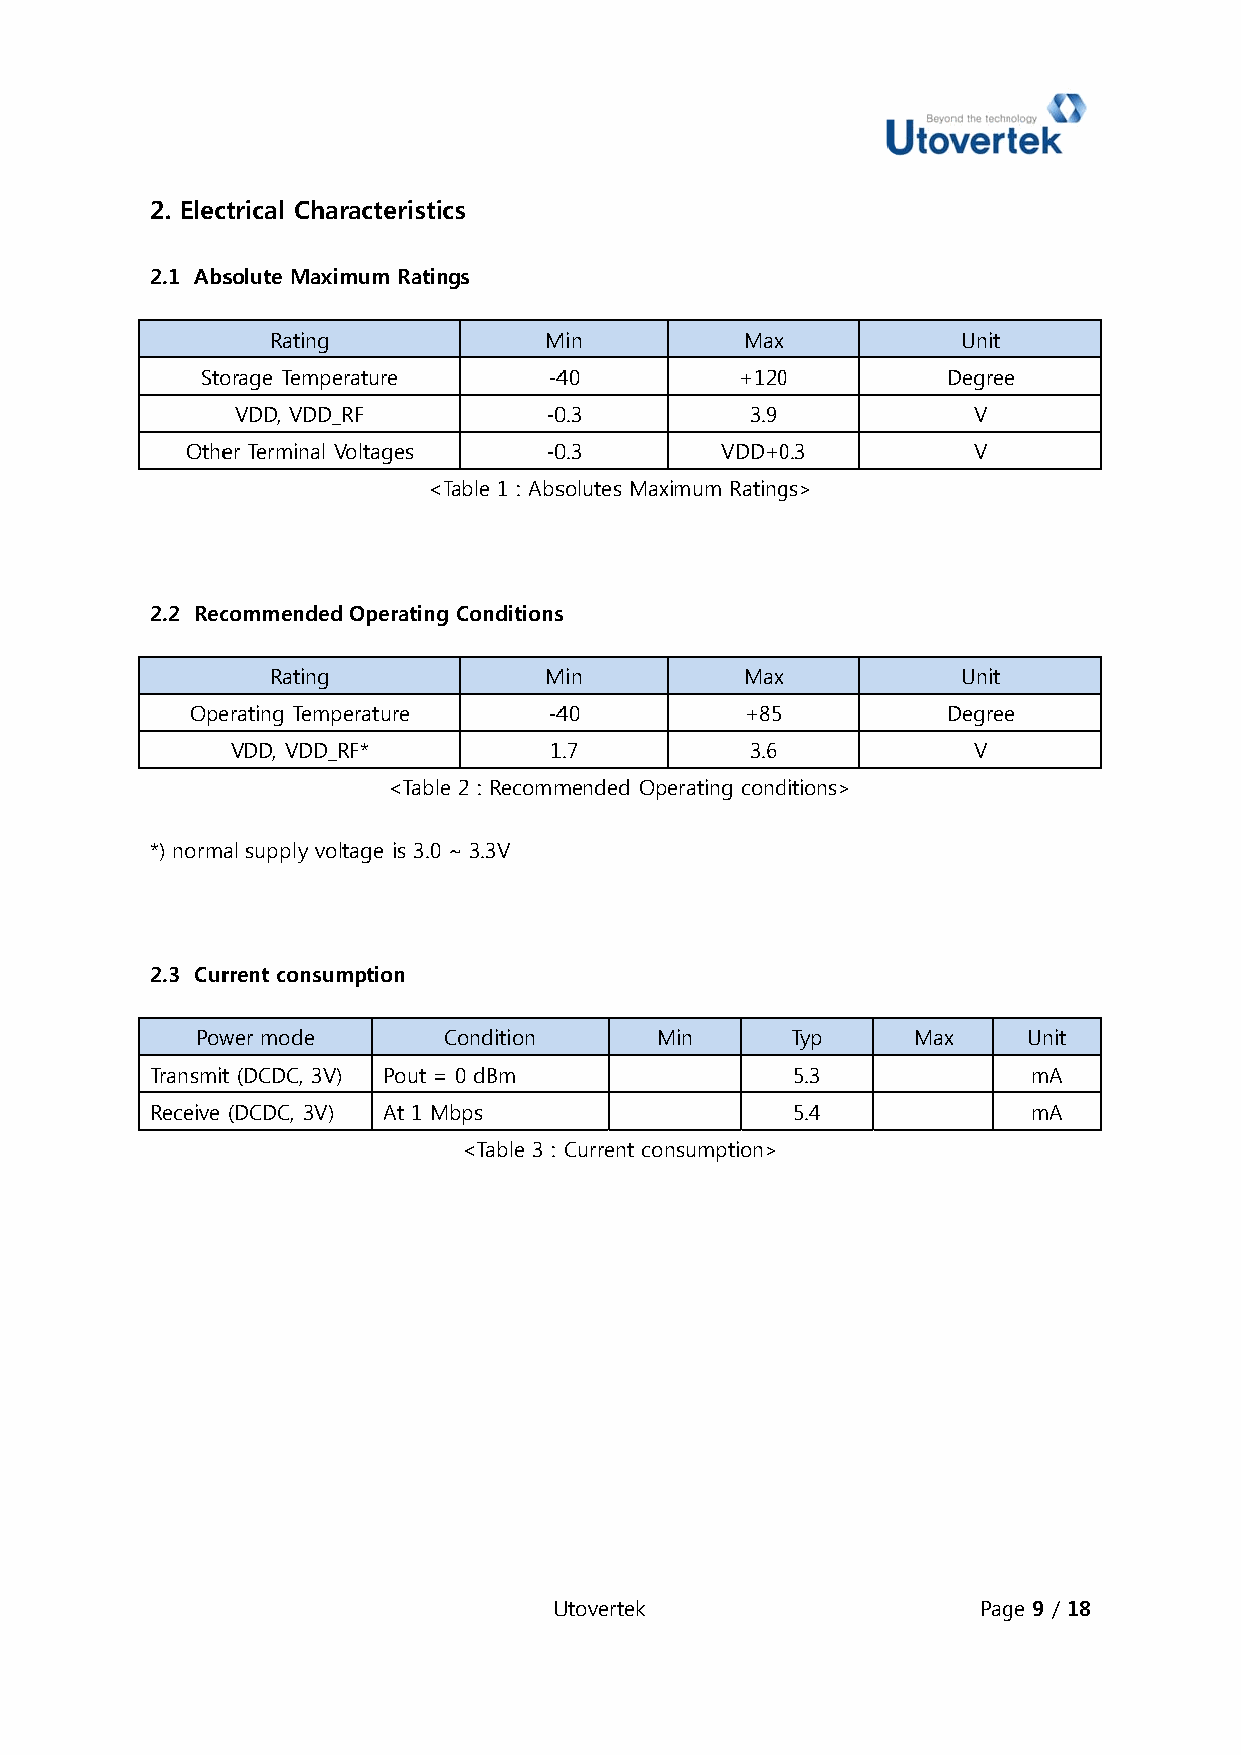
2. Elecctrical Chaaracteristiccs
 2.1 Abssolute Maxiimum Ratings
 Rating            MMin         Max            Unit
 Stoorage Tempeerature  -440         +1200         Degreee
 VDD, VDD__RF        -00.3         3.9           V
 Otheer Terminal VVoltages -00.3     VDD+00.3        V
 <TTable 1 : Abssolutes Maximum Ratinggs>
 2.2 Reccommendedd Operating Conditionss
 Rating            MMin         Max            Unit
 Opeerating Tempperature -440        +85           Degreee
 VDD, VDD__RF*        11.7          3.6           V
 <Tablee 2 : Recommmended Opeerating condditions>
 *) normaal supply vooltage is 3.0 ~ 3.3V
 2.3 Currrent consummption
 Powwer mode     CCondition    MMin     Typ     Max     Unit
 Transmitt (DCDC, 3V) Pout = 0 dBm         5.3             mA
 Receive (DCDC, 3V) At 1 Mbps              5.4             mA
 <Table 3 : Current connsumption>
 UUtovertek                  Pagge 9 / 18